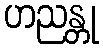
ဟညန္တု